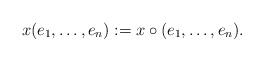
\begin{align*} x(e_1, \dots, e_n) := x \circ (e_1, \dots, e_n).\end{align*}